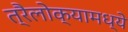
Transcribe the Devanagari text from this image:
त्रैलोक्यामध्ये